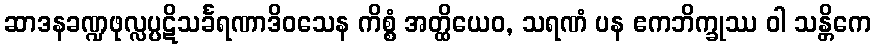
ဆာဒနခဏ္ဍဖုလ္လပ္ပဋိသင်္ခရဏာဒိဝသေန ကိစ္စံ အတ္ထိယေဝ, သရဏံ ပန ဧကဘိက္ခုဿ ဝါ သန္တိကေ